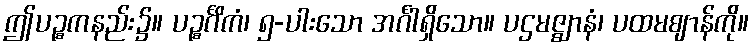
ဤပဉ္စကနည်း၌။ ပဉ္စင်္ဂိကံ၊ ၅-ပါးသော အင်္ဂါရှိသော။ ပဌမဇ္ဈာနံ၊ ပထမဈာန်ကို။